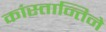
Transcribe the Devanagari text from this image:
कांस्तान्तिने